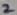
Text: 2